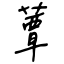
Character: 蕈